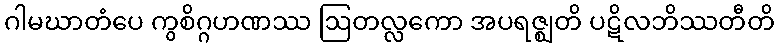
ဂါမဃာတံပေ ကွစိဂ္ဂဟဏဿ ဩတလ္လကော အပရဇ္ဈတိ ပဋိလဘိဿတီတိ